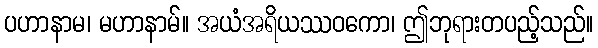
ပဟာနာမ၊ မဟာနာမ်။ အယံအရိယဿဝကော၊ ဤဘုရားတပည့်သည်။